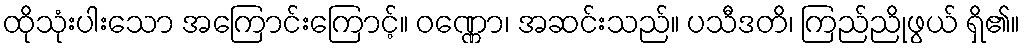
ထိုသုံးပါးသော အကြောင်းကြောင့်။ ဝဏ္ဏော၊ အဆင်းသည်။ ပသီဒတိ၊ ကြည်ညိုဖွယ် ရှိ၏။